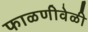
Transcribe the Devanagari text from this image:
फाळणीवेळी